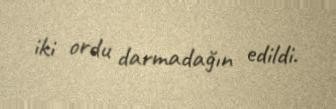
iki ordu darmadağın edildi.